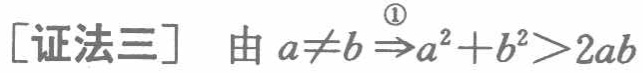
[证法三] 由 \(a\neq b\stackrel{\textcircled{1}}{\Rightarrow}a^{2}+b^{2}>2ab\)